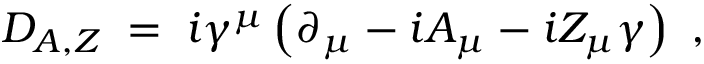
D _ { A , Z } \; = \; i \gamma ^ { \mu } \left( \partial _ { \mu } - i A _ { \mu } - i Z _ { \mu } \gamma \right) ~ ,